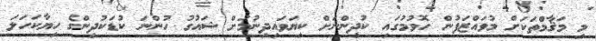
މި މަޤާމްތަކަށް މުވައްޒަފުން ހޮވުމުގައި ކުދިންނަށް ކިޔަވައިދިނުމަށް ޝައުގު ހުންނަ ކުޑަކުދިންގެ ހިޔާކަހަލަ